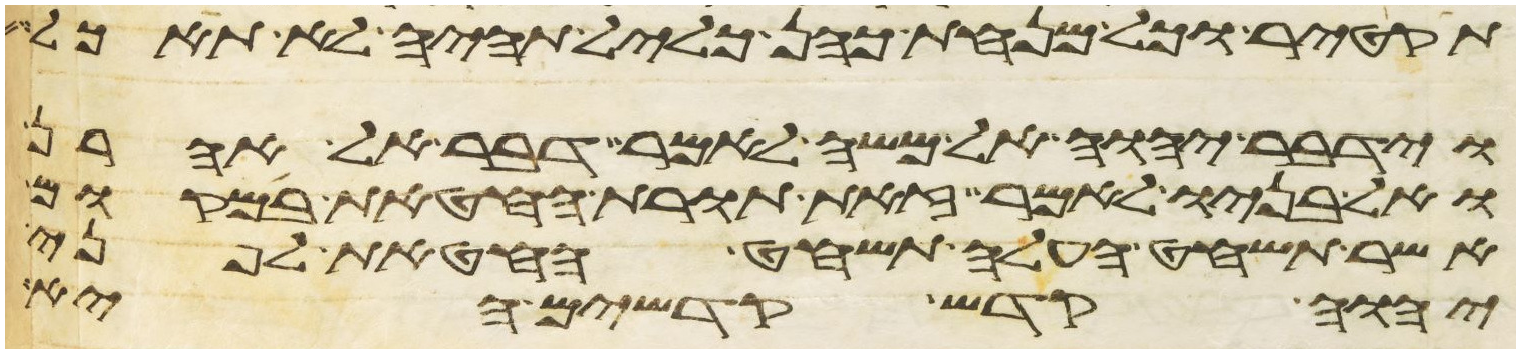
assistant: תקטיר וכל מנחת כהן כליל תהיה לא תאכל
וידבר יהוה אל משה לאמר דבר אל אהרן
ואל בניו לאמר זאת תורת החטאת במקום
אשר תשחט העלה תשחט החטאת לפני
יהוה קדש קדשים היא